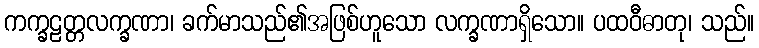
ကက္ခဠတ္တလက္ခဏာ၊ ခက်မာသည်၏အဖြစ်ဟူသော လက္ခဏာရှိသော။ ပထဝီဓာတု၊ သည်။